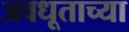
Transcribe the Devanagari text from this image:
अवधूताच्या